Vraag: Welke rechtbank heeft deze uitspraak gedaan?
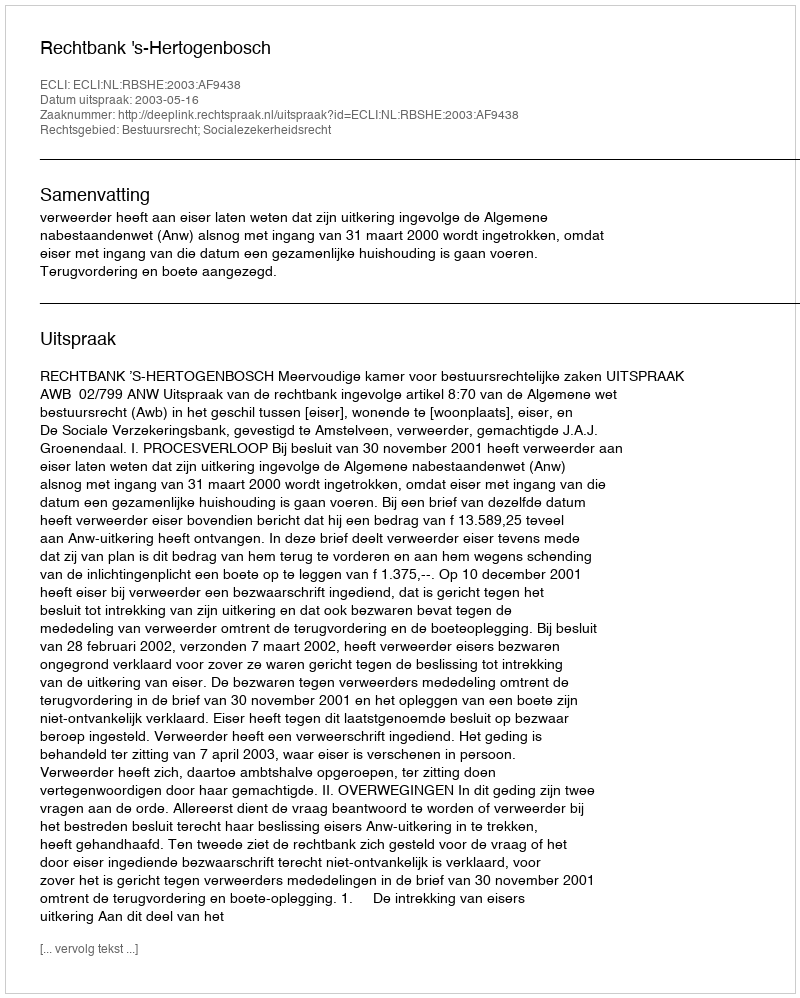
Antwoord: Rechtbank 's-Hertogenbosch